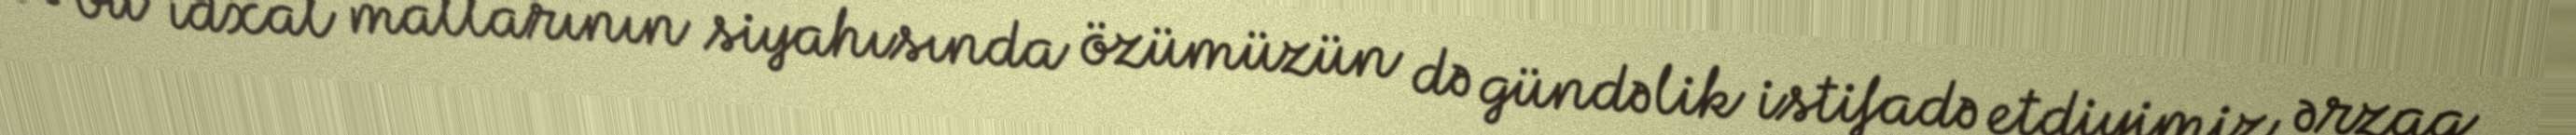
və bu idxal mallarının siyahısında özümüzün də gündəlik istifadə etdiyimiz ərzaq